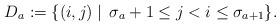
LaTeX: \begin{align*} D_a :=\{(i, j) \mid \,\sigma_a+1\leq j<i\leq \sigma_{a+1}\}. \end{align*}